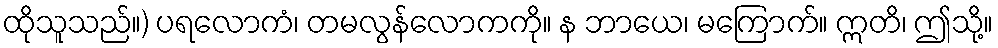
ထိုသူသည်။) ပရလောကံ၊ တမလွန်လောကကို။ န ဘာယေ၊ မကြောက်။ ဣတိ၊ ဤသို့။